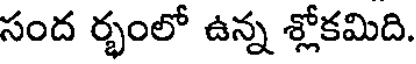
సంద ర్భంలో ఉన్న శ్లోకమిది.